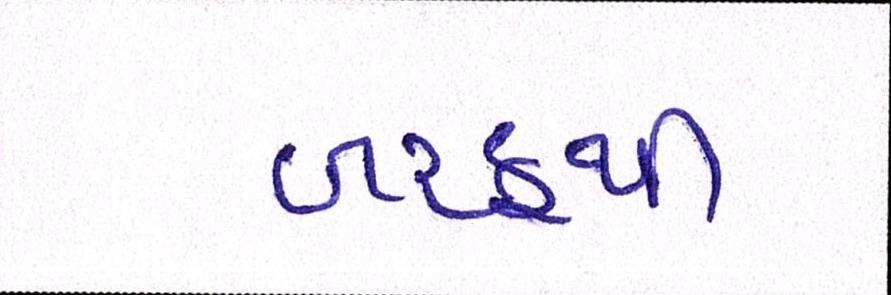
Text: બરફથી